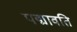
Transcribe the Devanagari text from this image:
पद्मावति